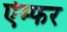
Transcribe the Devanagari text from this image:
ऐम्फर